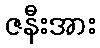
ဇနီးအား